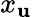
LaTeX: x_{\mathbf{u}}